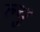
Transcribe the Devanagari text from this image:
ल्यु